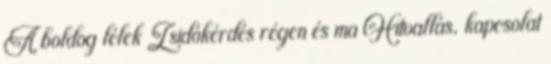
A boldog lélek Zsidókérdés régen és ma Hitvallás, kapcsolat